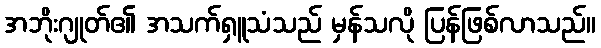
အဘိုးဂျုတ်၏ အသက်ရှူသံသည် မှန်သလို ပြန်ဖြစ်လာသည်။